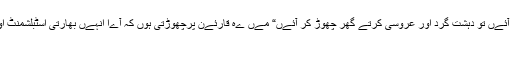
” ©سو جناب وزےراعظم ٹروڈو آپ جب اگلی مرتبہ بھارت آئےں تو دہشت گرد اور عروسی کرتے گھر چھوڑ کر آئےں“ مےں ےہ قارئےن پرچھوڑتی ہوں کہ آےا انہےں بھارتی اسٹبلشمنٹ اور اس کے کٹھ پتلی مےڈےا کی زبان سے حقارت اور ہتک
آمےز الفاظ کی بُو محسوس ہوئی ےا نہےں ۔